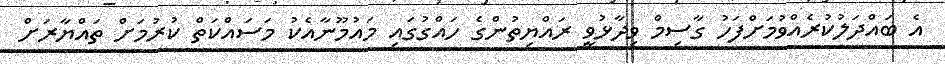
އެ ބައްދަލުކުރެއްވުމަށްފަހު ގާސިމް ވިދާޅުވީ ރައްޔިތުންގެ ހައްގުގައި މައުމޫނާއެކު މަސައްކަތް ކުރުމަށް ތައްޔާރަށް